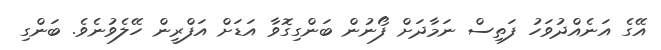
އޭގެ އަނެއްދުވަހު ފަތިސް ނަމާދަށް ފޯނުން ބަންގިގޮވާ އަޑަށް އަފްރީން ހޭލެވުނެވެ. ބަންގި